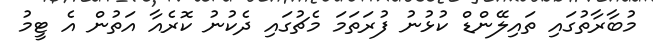
މުބާރާތުގައި ތައިލޭންޑް ކުޅުނު ފުރަތަމަ މެޗުގައި ދެކުނު ކޮރެއާ އަތުން އެ ޓީމު